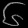
Digit: ၆